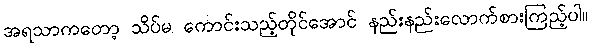
အရသာကတော့ သိပ်မ ကောင်းသည့်တိုင်အောင် နည်းနည်းလောက်စားကြည့်ပါ။